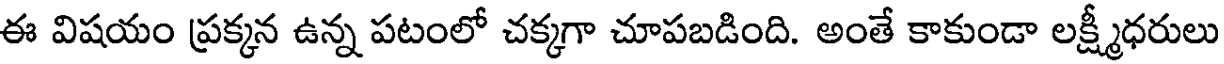
ఈ విషయం ప్రక్కన ఉన్న పటంలో చక్కగా చూపబడింది. అంతే కాకుండా లక్ష్మీధరులు